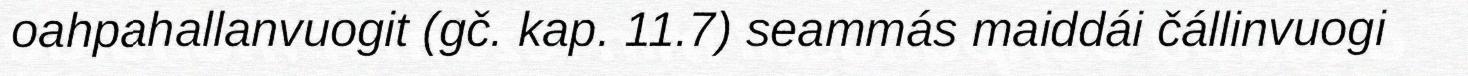
oahpahallanvuogit (gč. kap. 11.7) seammás maiddái čállinvuogi